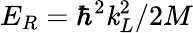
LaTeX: E_{R}=\hbar^{2}\mathit{k}_{L}^{2}/2M